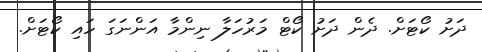
ދަށު ކޯޓަށް. ދެން ދަށު ކޯޓް މަރުހަލާ ނިންމާ އަންނަގަ ހައި ކޯޓަށް.